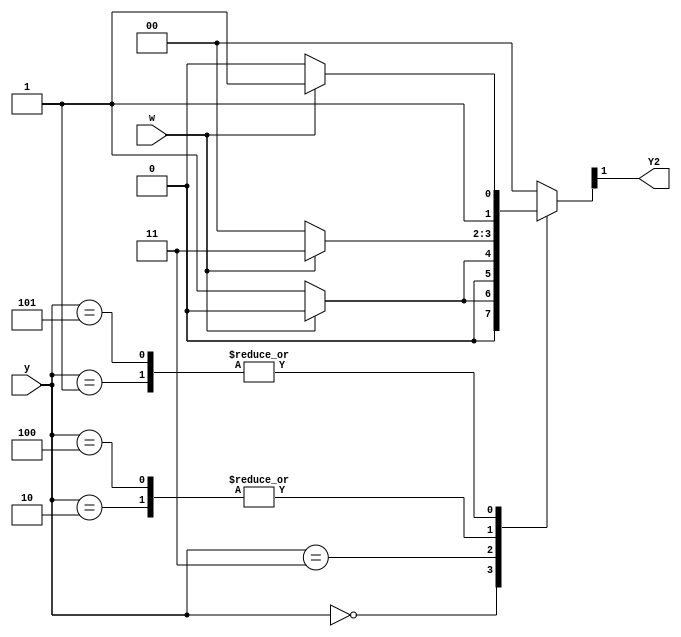
module top_module (
    input [3:1] y,
    input w,
    output Y2);
    
    localparam A=3'b000, B=3'b001, C=3'b010, D=3'b011, E=3'b100, F=3'b101;
    reg [3:1] Y;
    
    always @(*) begin
        case(y)
            A:	Y = w? A : B;
            B:	Y = w? D : C;
            C:	Y = w? D : E;
            D:	Y = w? A : F;
            E:	Y = w? D : E;
            F:	Y = w? D : C;
            default:	Y = A;
        endcase
    end
    
    assign Y2 = Y[2];

endmodule